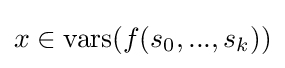
x\in {\text{vars}}(f(s_{0},...,s_{k}))